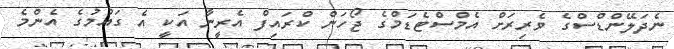
ނެދަލޭންޑްސްގެ ވެރިރަށް އެމްސްޓެޑަމްގެ ޖޯހަން ކްރައިފް އެރީނާ އަކީ އެ ގައުމުގެ އެންމެ